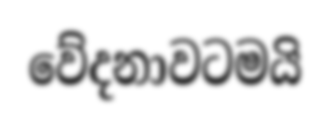
වේදනාවටමයි